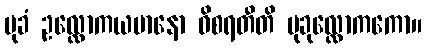
မုခံ ဥလ္လောကယမာနော ဝိစရတီတိ မုခုလ္လောကကော။